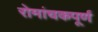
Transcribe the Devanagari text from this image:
रोमांचकपूर्ण